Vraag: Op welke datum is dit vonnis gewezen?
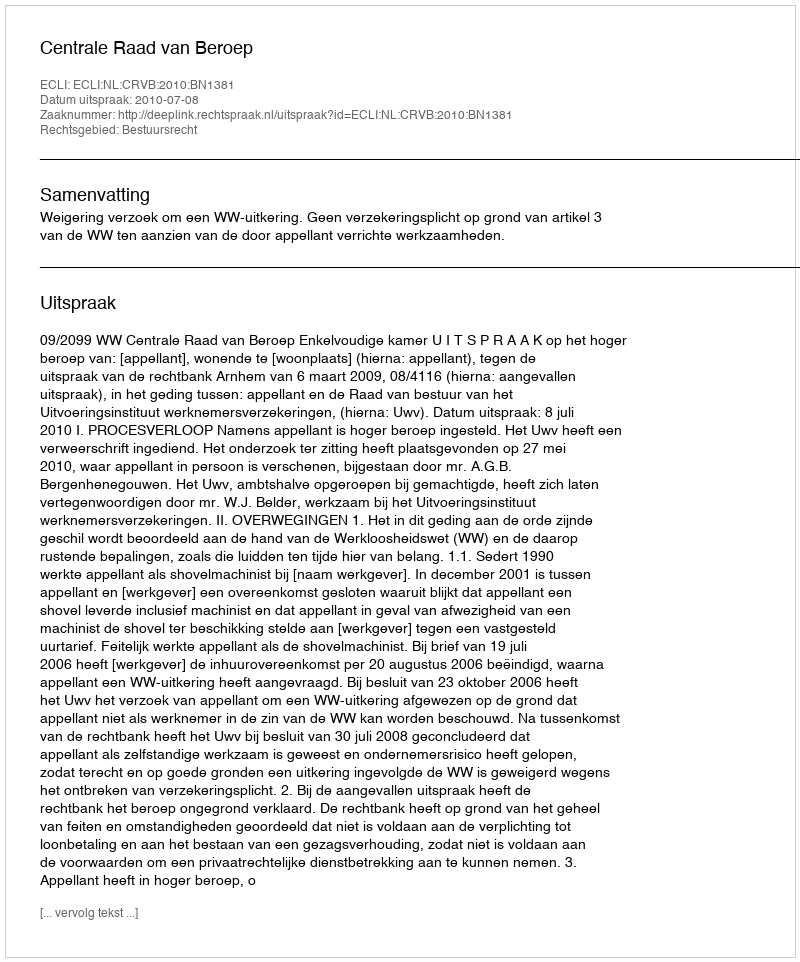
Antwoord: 2010-07-08